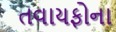
તવાયફોના